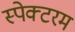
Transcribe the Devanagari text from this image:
स्पेक्टरम